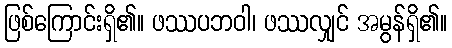
ဖြစ်ကြောင်းရှိ၏။ ဖဿပဘဝါ၊ ဖဿလျှင် အမွန်ရှိ၏။